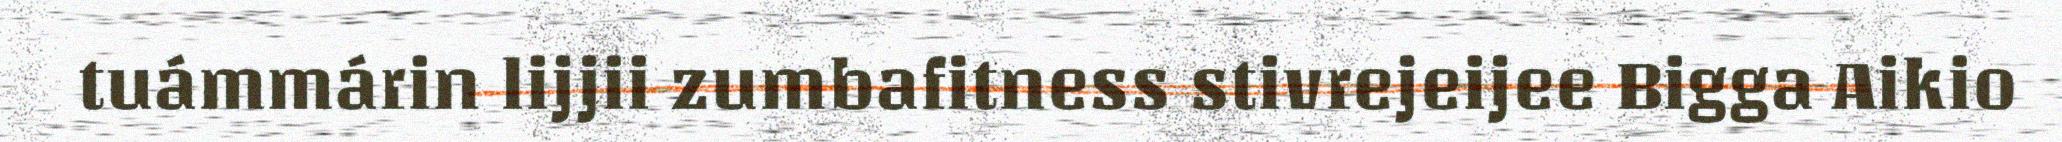
tuámmárin lijjii zumbafitness stivrejeijee Bigga Aikio